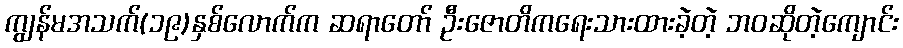
ကျွန်မအသက်(၁၉)နှစ်လောက်က ဆရာတော် ဦးဇောတိကရေးသားထားခဲ့တဲ့ ဘဝဆိုတဲ့ကျောင်း